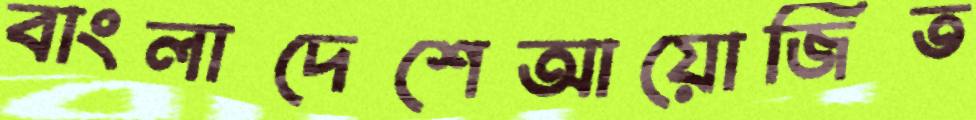
বাংলাদেশেআয়োজিত